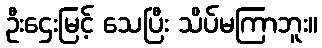
ဦးဌေးမြင့် သေပြီး သိပ်မကြာဘူး။